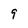
Character: 9